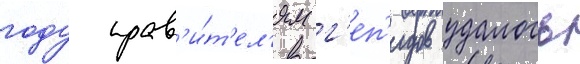
году прав'и́т'ел'ям г'еп'идов удалось